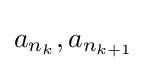
a_{n_{k}},a_{n_{k+1}}